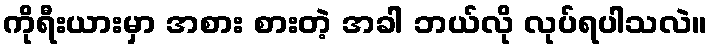
ကိုရီးယားမှာ အစား စားတဲ့ အခါ ဘယ်လို လုပ်ရပါသလဲ။